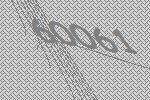
60061